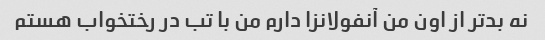
نه بدتر از اون من آنفولانزا دارم من با تب در رختخواب هستم